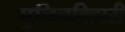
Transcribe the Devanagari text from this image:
पुलिनबिहारी